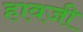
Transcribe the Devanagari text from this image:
हावजी